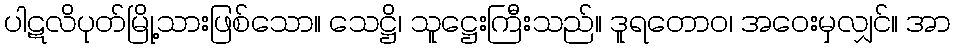
ပါဋလိပုတ်မြို့သားဖြစ်သော။ သေဋ္ဌိ၊ သူဋ္ဌေးကြီးသည်။ ဒူရတောဝ၊ အဝေးမှလျှင်။ အာ